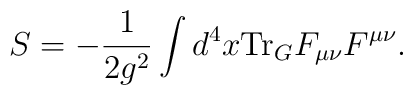
S = -\frac{1}{2g^2} \int d^4 x {\rm Tr}_{G}F_{\mu\nu}F^{\mu\nu}.